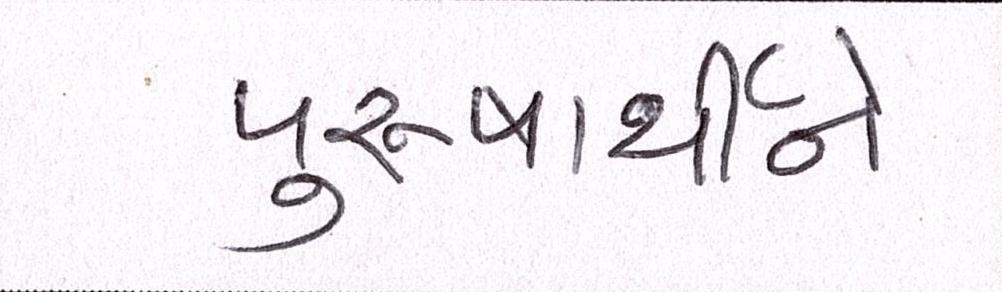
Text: પુરુષાર્થીને